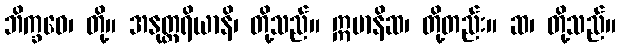
ဘိက္ခဝေ၊ တို့။ အနုတ္တရိယာနိ၊ တို့သည်။ ဣမာနိဆ၊ တို့တည်း။ ဆ၊ တို့သည်။